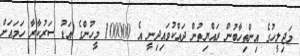
މަޖިލީހުގެ އިންތިހާބުން ރައްޔިތުން ދައްކުވައިދިނީ އެ 100000 މީހުންގެ އަޑު ސަރުކާރާ ހަމައަށް